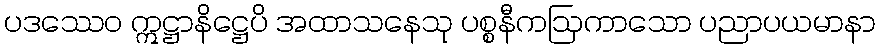
ပဒဿေဝ ဣဋ္ဌာနိဋ္ဌေပိ အထာသနေသု ပစ္စနီကဩကာသော ပညာပယမာနာ